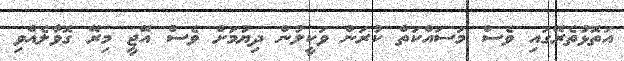
އަތޮޅުތެރޭގައި ވެސް މަސައްކަތް ކުރަން ވަކީލުން ދިޔުމަށް ވެސް އޭޖީ މިރޭ ގޮވާލެއްވި